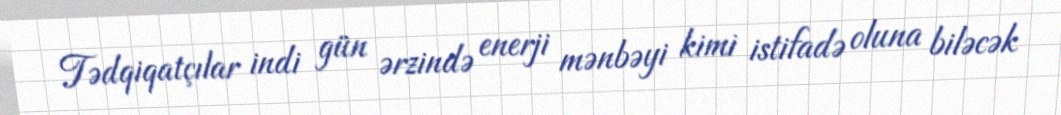
Tədqiqatçılar indi gün ərzində enerji mənbəyi kimi istifadə oluna biləcək